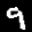
Label: 9